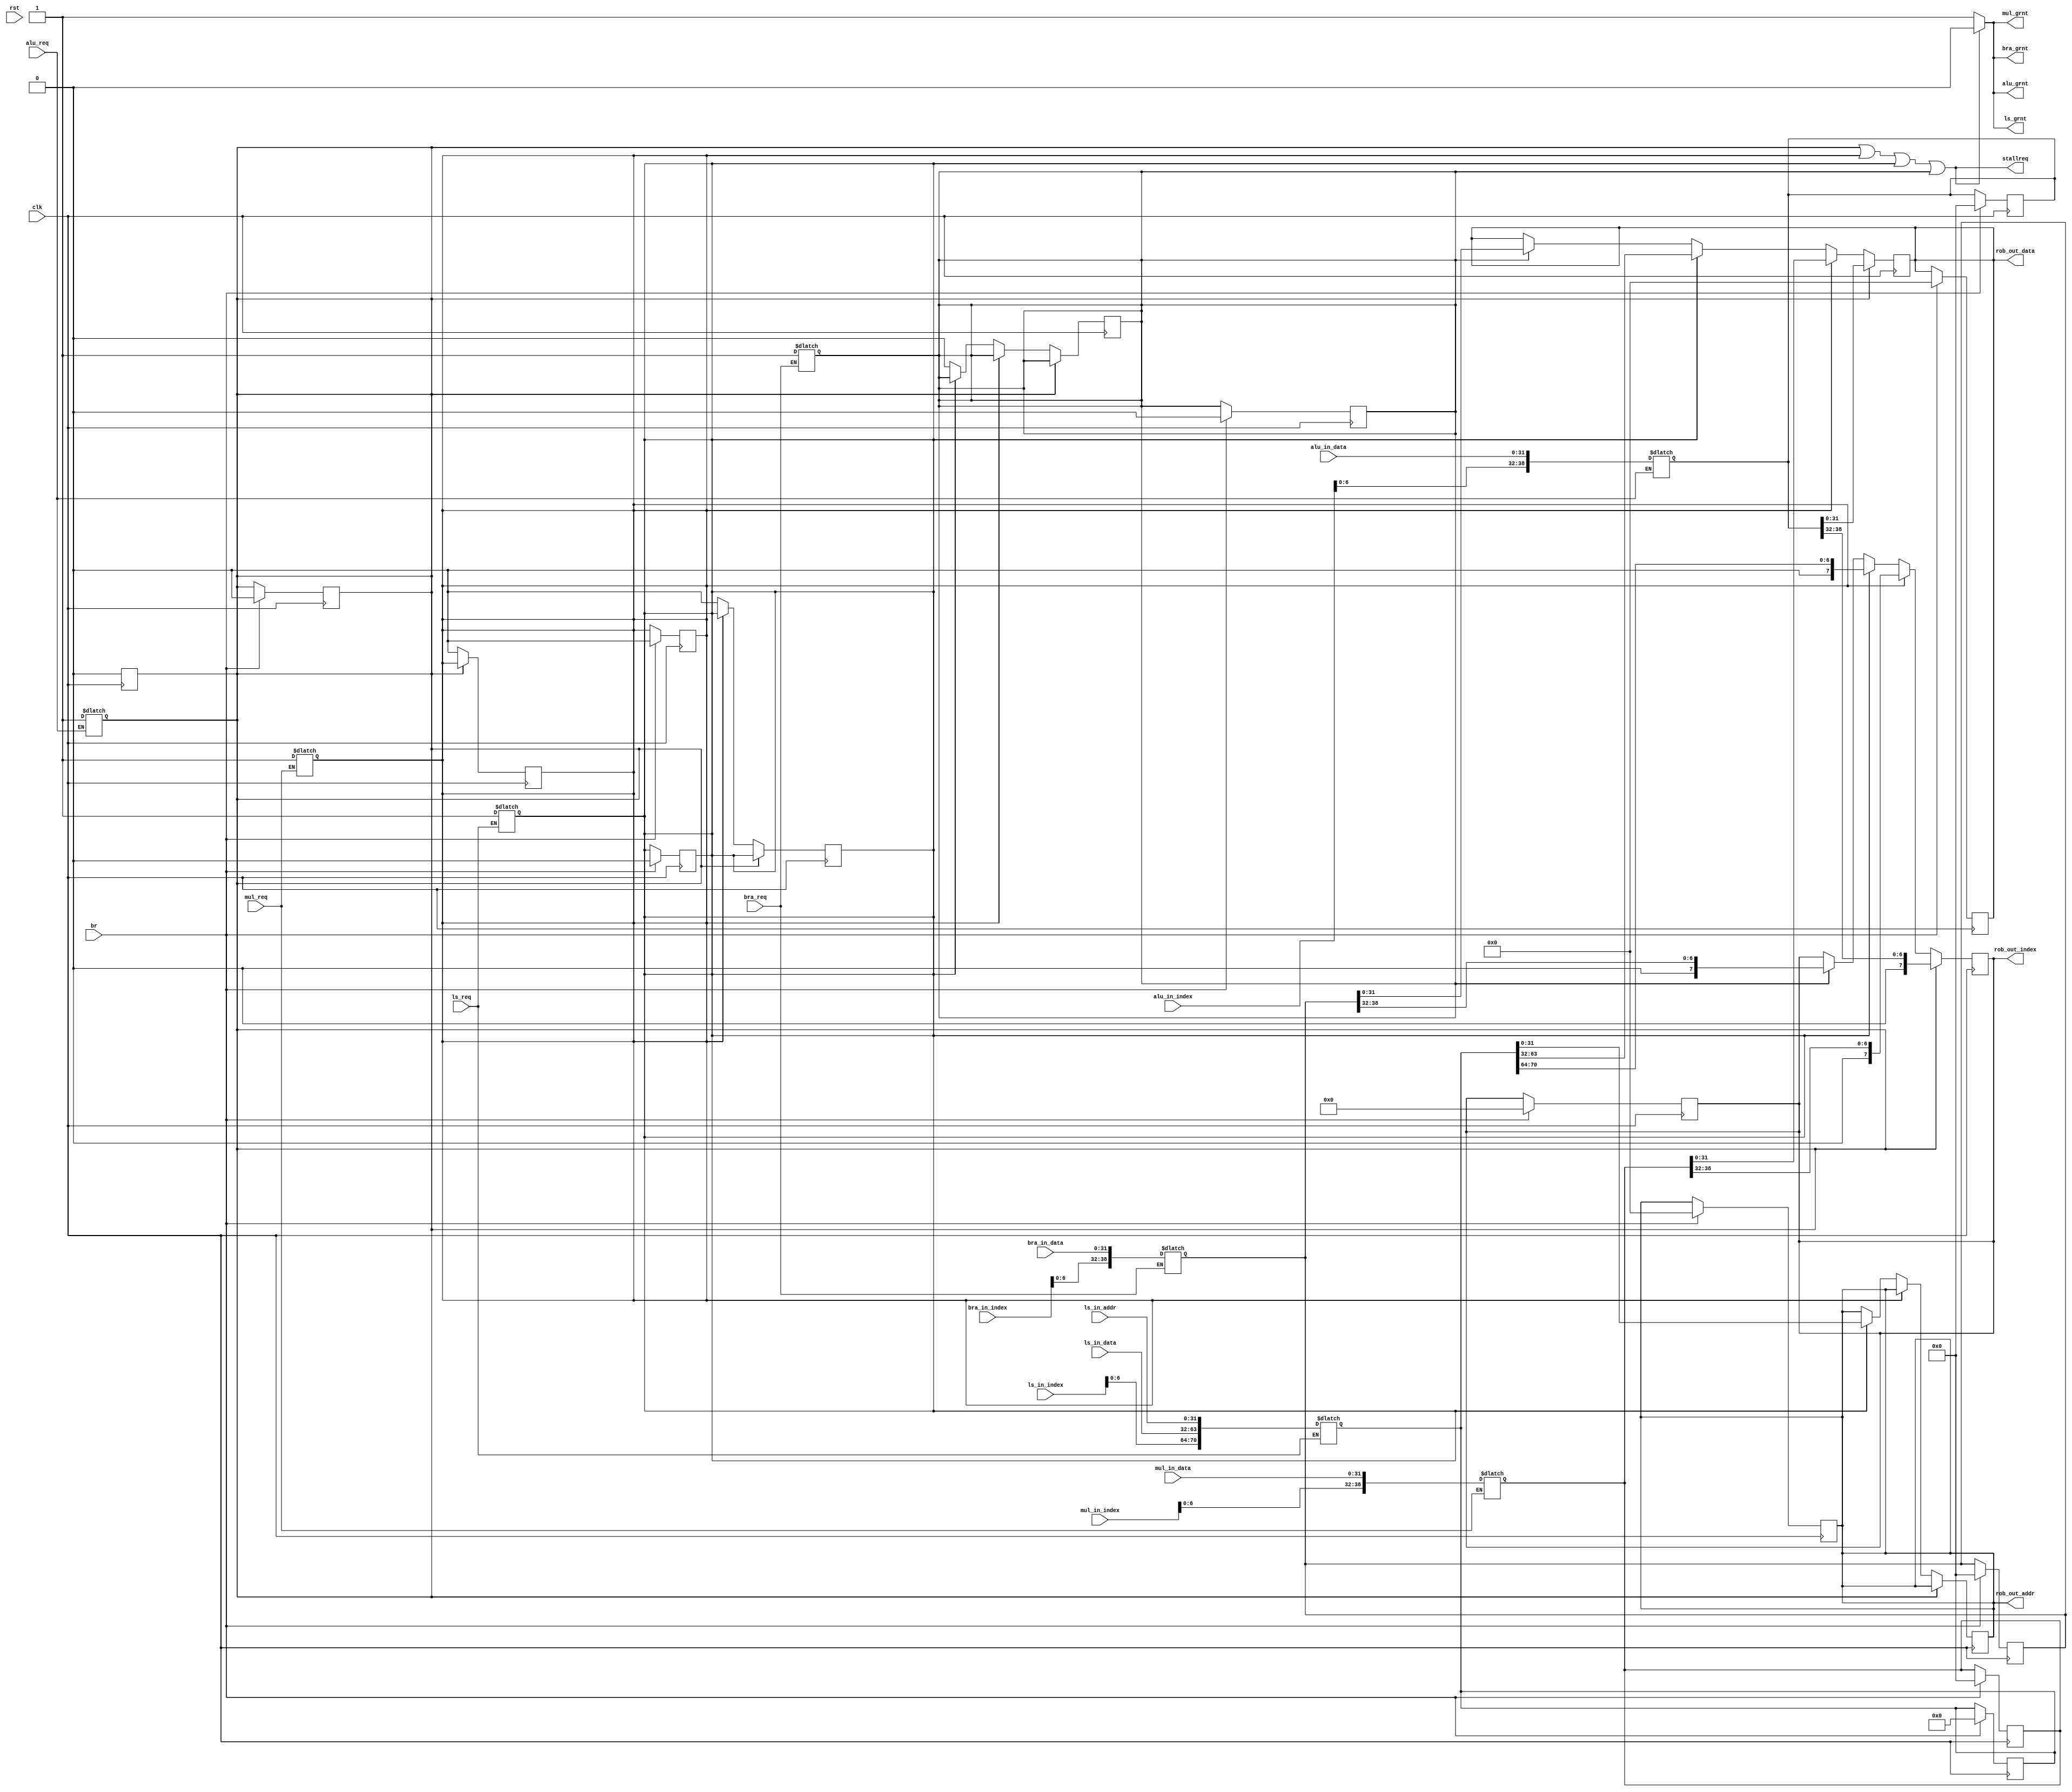
module CDB(
    input wire clk,
    input wire rst,
    input wire br,
    
    input wire alu_req,mul_req,ls_req,bra_req,
    output reg alu_grnt,mul_grnt,ls_grnt,bra_grnt,
    input wire[7:0] alu_in_index,mul_in_index,ls_in_index,bra_in_index,
    input wire[31:0] alu_in_data,mul_in_data,ls_in_data,bra_in_data,ls_in_addr,
    output reg[7:0] rob_out_index,
    output reg[31:0] rob_out_data,
    output reg[31:0] rob_out_addr,
    output wire stallreq
);
    reg[38:0] alu_cache;
    reg[38:0] mul_cache;
    reg[70:0] ls_cache;
    reg[38:0] bra_cache;
    reg alu_have,mul_have,ls_have,bra_have;
//    assign alu_have = alu_req;
//    assign mul_have = mul_req;
//    assign ls_have = ls_req;
//    assign bra_have = bra_req;
    wire all_have;
    assign all_have = alu_have | mul_have | ls_have | bra_have;
    assign stallreq = all_have;
    initial begin
        alu_grnt <= 1;
        mul_grnt <= 1;
        ls_grnt <= 1;
        bra_grnt <= 1;
    end
    
     always @(*)begin
        if(alu_req)begin
            alu_cache = {alu_in_index,alu_in_data};
            alu_have = 1;
        end
        if(mul_req)begin
            mul_cache = {mul_in_index,mul_in_data};
            mul_have = 1;
            
        end
        if(ls_req)begin
            ls_cache = {ls_in_index,ls_in_data,ls_in_addr};  
            ls_have = 1; 
        end
        if(bra_req)begin
            bra_cache = {bra_in_index,bra_in_data};
            bra_have = 1;
           
        end
        
        if(all_have)begin
            alu_grnt <= 0;
            mul_grnt <= 0;
            ls_grnt <= 0;
            bra_grnt <= 0;
           
        end else begin
            alu_grnt <= 1;
            mul_grnt <= 1;
            ls_grnt <= 1;
            bra_grnt <= 1;
        end
    end
    
    always @(posedge clk)begin
        if(br)begin
        rob_out_index <= 0;
        rob_out_data <= 0;
        rob_out_addr <= 0; 
        alu_cache <= 0;
        mul_cache <= 0;
        ls_cache <= 0;
        bra_cache <= 0;
        alu_have <= 0;
        mul_have <= 0;
        ls_have <= 0;
        bra_have <= 0;    
        end  
    end
    
    always @(negedge clk )begin  
    if(alu_have)begin
        rob_out_index <= alu_cache[38:32];
        rob_out_data <= alu_cache[31:0];
        alu_have <= 0;
    end else if(mul_have)begin
        rob_out_index <= mul_cache[38:32];
        rob_out_data <= mul_cache[31:0];
        mul_have <= 0;
    end else if(ls_have)begin
        rob_out_index <= ls_cache[70:64];
        rob_out_data <= ls_cache[63:32];
        rob_out_addr <= ls_cache[31:0];
        ls_have <= 0;
    end else if(bra_have)begin
        rob_out_index <= bra_cache[38:32];
        rob_out_data <= bra_cache[31:0]; 
        bra_have <= 0;
    end    
    end
endmodule